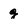
Character: g